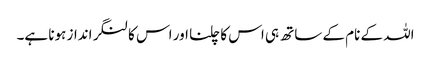
اللہ کے نام کے ساتھ ہی اس کا چلنا اور اس کا لنگر انداز ہونا ہے۔